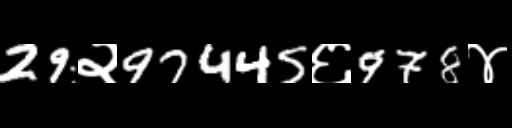
Text: 29२97445६978४